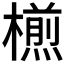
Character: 𣜭